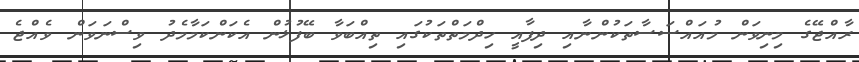
ރާއްޖޭގެ މިނިވަން މުއައްސަސާތަކުންނާއި ދިފާއީ ހިދްމަތްތަކުގައި ތިއްބަވާ ބޭފުޅުން އެކަންކަމާމެދު ވިސްނަވަން ވެއްޖެ